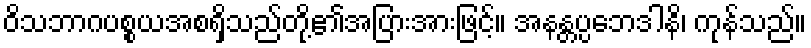
ဝိသဘာဂပစ္စယအစရှိသည်တို့၏အပြားအားဖြင့်။ အနန္တပ္ပဘေဒါနိ၊ ကုန်သည်။